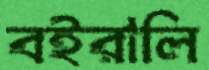
বইরালি